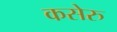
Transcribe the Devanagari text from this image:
कसेरु